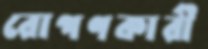
রোপণকারী